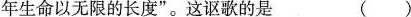
年生命以无限的长度”。这讴歌的是（ ）